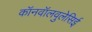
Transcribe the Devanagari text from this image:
कॉनवॉलवुलेसिई